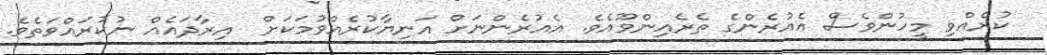
ކުރެއްވި މީހުންވެސް އެއުރެންގެ ތެރެއިންވޫއެވެ. އެއުރެންނަށް އަނިޔާކުރެއްވުމަކަށް  އިރާދައެއް ނުކުރައްވަތެވެ.